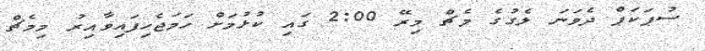
ސުޕަކަޕް ދެވަނަ ލެގުގެ މެޗް މިރޭ 2:00 ގައި ކުޅުމަށް ހަމަޖެހިފައިވާއިރު މިމެޗް